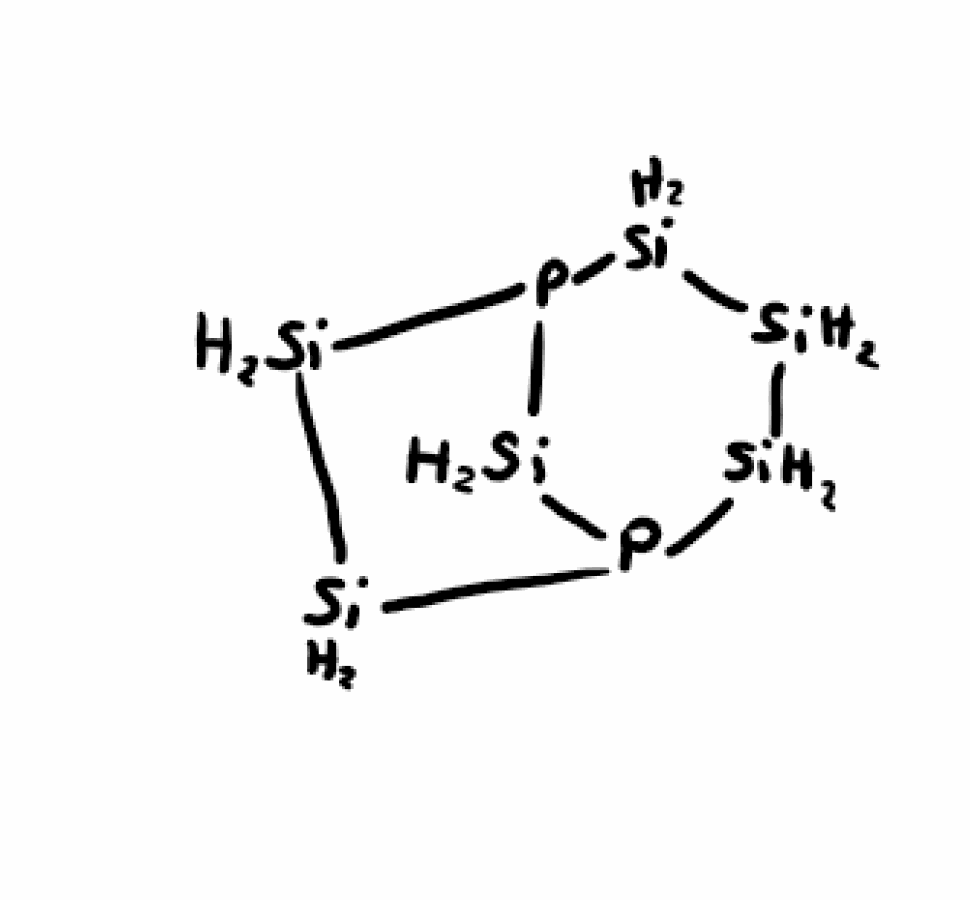
Simplified molecular-input line-entry system (SMILES) notation of the given molecule:
[SiH2]1[SiH2]P2[SiH2][SiH2]P([SiH2]1)[SiH2]2